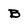
Character: B